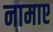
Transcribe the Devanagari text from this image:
नामाए